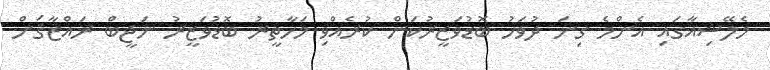
މެލޭޝިއާގައި އެންމެ ގިނަ ދުވަހު ބޮޑުވަޒީރުކަން ކުރެއްވި މަހާތީރު ބޮޑުވަޒީރު ނަޖީބް ރައްޒާޤަށް